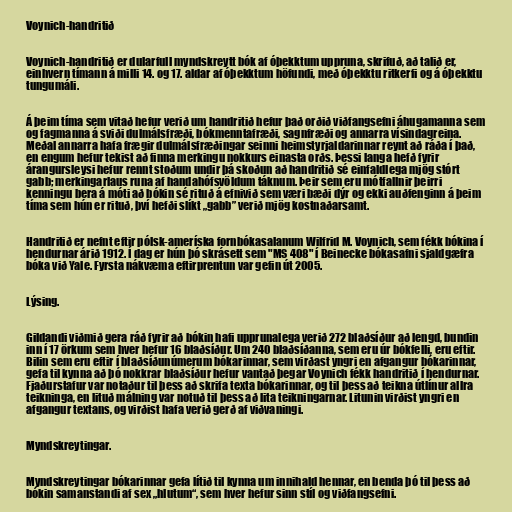
Voynich-handritið

Voynich-handritið er dularfull myndskreytt bók af óþekktum uppruna, skrifuð, að talið er,
einhvern tímann á milli 14. og 17. aldar af óþekktum höfundi, með óþekktu ritkerfi og á óþekktu
tungumáli.

Á þeim tíma sem vitað hefur verið um handritið hefur það orðið viðfangsefni áhugamanna sem
og fagmanna á sviði dulmálsfræði, bókmenntafræði, sagnfræði og annarra vísindagreina.
Meðal annarra hafa frægir dulmálsfræðingar seinni heimstyrjaldarinnar reynt að ráða í það,
en engum hefur tekist að finna merkingu nokkurs einasta orðs. Þessi langa hefð fyrir
árangursleysi hefur rennt stoðum undir þá skoðun að handritið sé einfaldlega mjög stórt
gabb; merkingarlaus runa af handahófsvöldum táknum. Þeir sem eru mótfallnir þeirri
kenningu bera á móti að bókin sé rituð á efnivið sem væri bæði dýr og ekki auðfenginn á þeim
tíma sem hún er rituð, því hefði slíkt „gabb” verið mjög kostnaðarsamt.

Handritið er nefnt eftir pólsk-ameríska fornbókasalanum Wilfrid M. Voynich, sem fékk bókina í
hendurnar árið 1912. Í dag er hún þó skrásett sem "MS 408" í Beinecke bókasafni sjaldgæfra
bóka við Yale. Fyrsta nákvæma eftirprentun var gefin út 2005.

Lýsing.

Gildandi viðmið gera ráð fyrir að bókin hafi upprunalega verið 272 blaðsíður að lengd, bundin
inn í 17 örkum sem hver hefur 16 blaðsíður. Um 240 blaðsíðanna, sem eru úr bókfelli, eru eftir.
Bilin sem eru eftir í blaðsíðunúmerum bókarinnar, sem virðast yngri en afgangur bókarinnar,
gefa til kynna að þó nokkrar blaðsíður hefur vantað þegar Voynich fékk handritið í hendurnar.
Fjaðurstafur var notaður til þess að skrifa texta bókarinnar, og til þess að teikna útlínur allra
teikninga, en lituð málning var notuð til þess að lita teikningarnar. Litunin virðist yngri en
afgangur textans, og virðist hafa verið gerð af viðvaningi.

Myndskreytingar.

Myndskreytingar bókarinnar gefa lítið til kynna um innihald hennar, en benda þó til þess að
bókin samanstandi af sex „hlutum“, sem hver hefur sinn stíl og viðfangsefni.